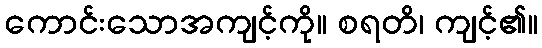
ကောင်းသောအကျင့်ကို။ စရတိ၊ ကျင့်၏။